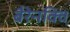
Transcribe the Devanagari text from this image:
बैरेनक्वि